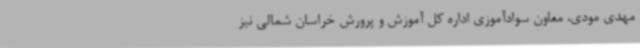
مهدی مودی، معاون سوادآموزی اداره کل آموزش و پرورش خراسان شمالی نیز